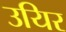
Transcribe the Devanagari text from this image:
उयिर